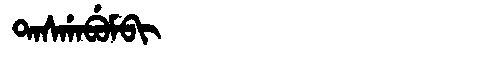
Manchu: ᡨᠠᠰᡤᠠᠪᡠᠮᠪᡳ
Romanization: TASGABUMBI